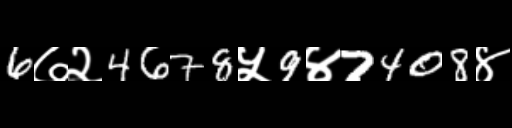
Text: 6७२4678५9४7408४